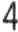
4